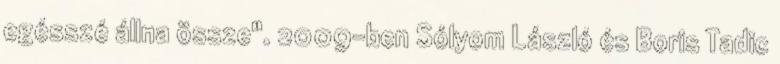
egésszé állna össze". 2009-ben Sólyom László és Boris Tadic